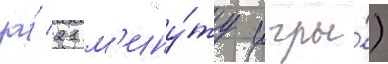
за́ 21 м'ину́ту игры́)